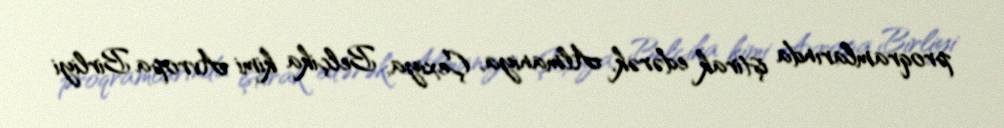
proqramlarında iştirak edərək, Almaniya, Çexiya, Belçika kimi Avropa Birliyi